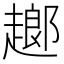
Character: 𧽗